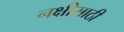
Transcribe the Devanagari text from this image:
नक्षीसाठी